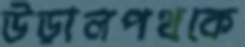
উড়ালপথকে